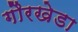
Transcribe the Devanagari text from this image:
गौरखेडा